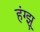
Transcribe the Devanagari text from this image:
हंग्झू